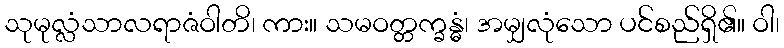
သုမုလ္လံသာလရာဇံဝါတိ၊ ကား။ သမဝတ္တက္ခန္ဓံ၊ အမျှလုံသော ပင်စည်ရှိ၏။ ဝါ၊